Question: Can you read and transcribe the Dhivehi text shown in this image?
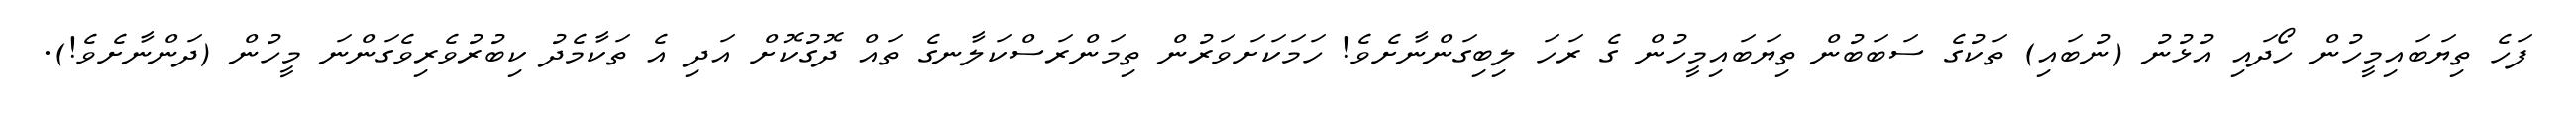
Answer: ފަހެ ތިޔަބައިމީހުން ހޯދައި އުޅުނު (ނުބައި) ތަކުގެ ސަބަބުން ތިޔަބައިމީހުން ގެ ރަހަ ލިބިގަންނާށެވެ! ހަމަކަށަވަރުން ތިމަންރަސްކަލާނގެ ތައް ދޮގުކޮށް އަދި އެ ތަކާމެދު ކިބުރުވެރިވެގަންނަ މީހުން (ދަންނާށެވެ!).